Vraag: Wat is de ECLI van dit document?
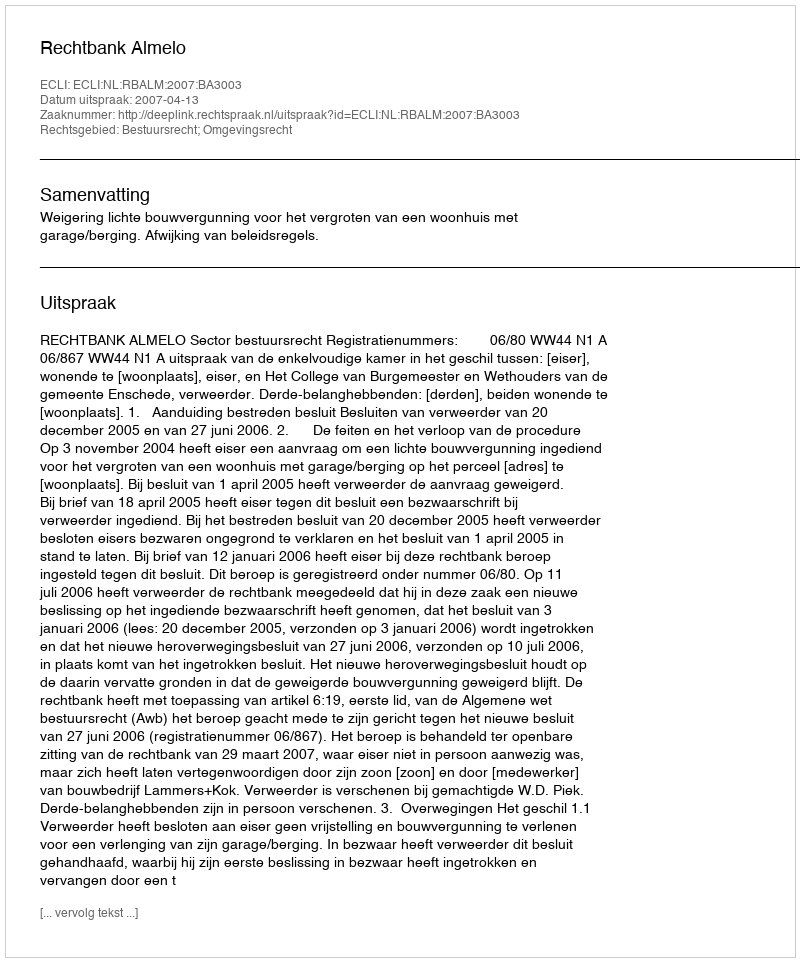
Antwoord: ECLI:NL:RBALM:2007:BA3003